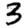
Digit: 3